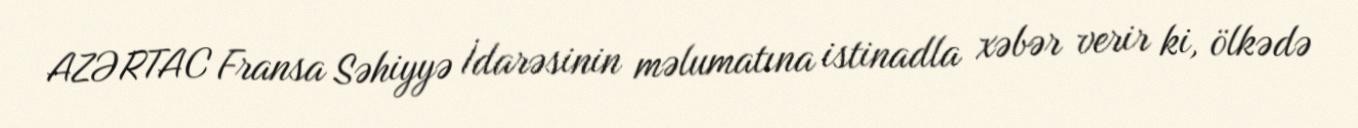
AZƏRTAC Fransa Səhiyyə İdarəsinin məlumatına istinadla xəbər verir ki, ölkədə